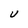
Character: U